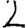
Digit: 2